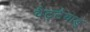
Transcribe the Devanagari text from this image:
वैट्टैयाडु